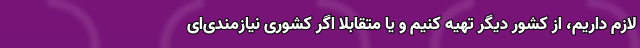
لازم داریم، از کشور دیگر تهیه کنیم و یا متقابلاً اگر کشوری نیازمندی‌ای